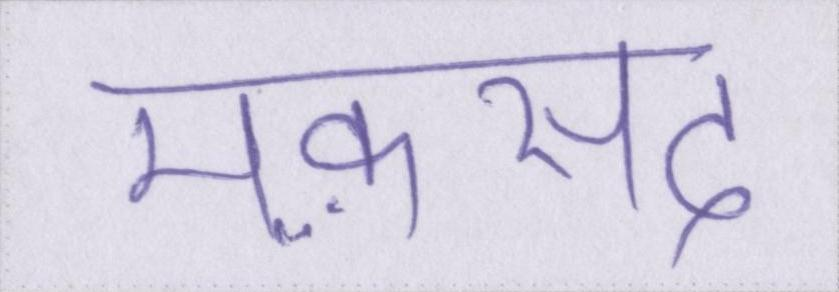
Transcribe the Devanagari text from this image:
मक़सद